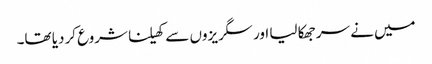
میں نے سر جھکا لیا اور سگریزوں سے کھیلنا شروع کردیا تھا۔